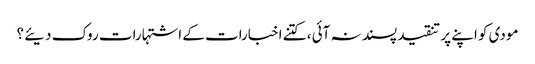
مودی کو اپنے پر تنقید پسند نہ آئی ، کتنے اخبارات کے اشتہارات روک دیئے ؟